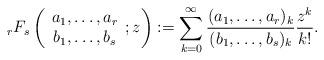
LaTeX: \begin{align*}_{r}F_{s}\left(\begin{array}{c} a_1, \dots, a_r\\ b_1, \dots, b_s\end{array};z\right):=\sum_{k=0}^\infty \frac{(a_1, \dots, a_r)_k}{(b_1, \dots, b_s)_k}\dfrac{z^k}{k!}. \end{align*}